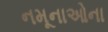
નમૂનાઓના